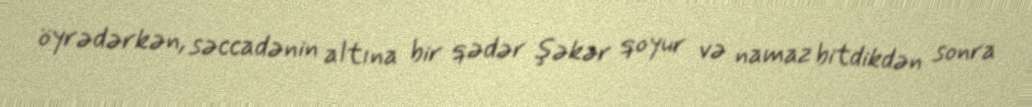
öyrədərkən, səccadənin altına bir qədər şəkər qoyur və namaz bitdikdən sonra